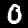
Label: 0